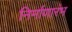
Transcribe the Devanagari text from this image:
निर्माणारंभ